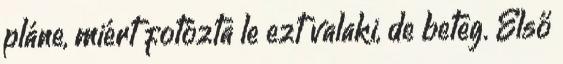
pláne, miért fotózta le ezt valaki, de beteg. Első